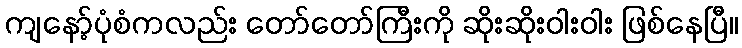
ကျနော့်ပုံစံကလည်း တော်တော်ကြီးကို ဆိုးဆိုးဝါးဝါး ဖြစ်နေပြီ။